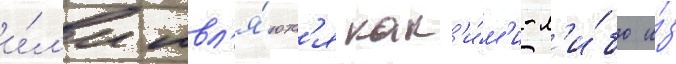
и́л'и явл'я́ютс'я как'и́м'и-л'и́бо и́з